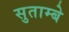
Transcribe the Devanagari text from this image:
सुताम्बे